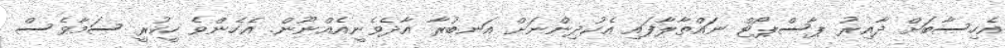
އެހިސާބަށް ދާއިރު ޕާސްޕޯޓް ނައްތާލާފައި އެކުދިންނަށް އަނބުރާ އާދެވެނީއެއްނޫން. އެހެންވެ ހީކުރީ ސަމާވެސް